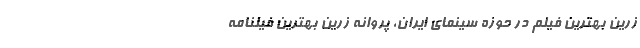
زرین بهترین فیلم در حوزه سینمای ایران، پروانه زرین بهترین فیلنامه